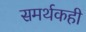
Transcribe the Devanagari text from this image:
समर्थकही